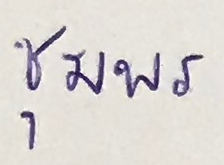
ชุมพร